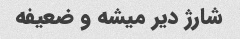
شارژ دیر میشه و ضعیفه